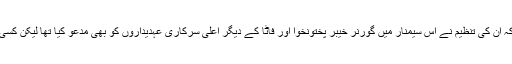
تکڑہ قبائلی خویندے کے کنوینر شاہد شاہ نے کہا کہ ان کی تنظیم نے اس سیمنار میں گورنر خیبر پختونخوا اور فاٹا کے دیگر اعلیٰ سرکاری عہدیداروں کو بھی مدعو کیا تھا لیکن کسی اہلکار نے شرکت کی زحمت گوارہ تک نہیں کی۔